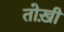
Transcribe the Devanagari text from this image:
तोख़ी